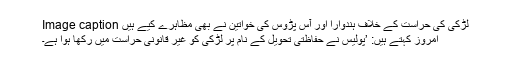
Image caption لڑکی کی حراست کے خلاف ہندوارا اور آس پڑوس کی خواتین نے بھی مظاہرے کیے ہیں
امروز کہتے ہیں: ’پولیس نے حفاظتی تحویل کے نام پر لڑکی کو غیر قانونی حراست میں رکھا ہوا ہے۔